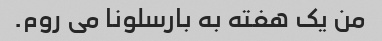
من یک هفته به بارسلونا می روم.